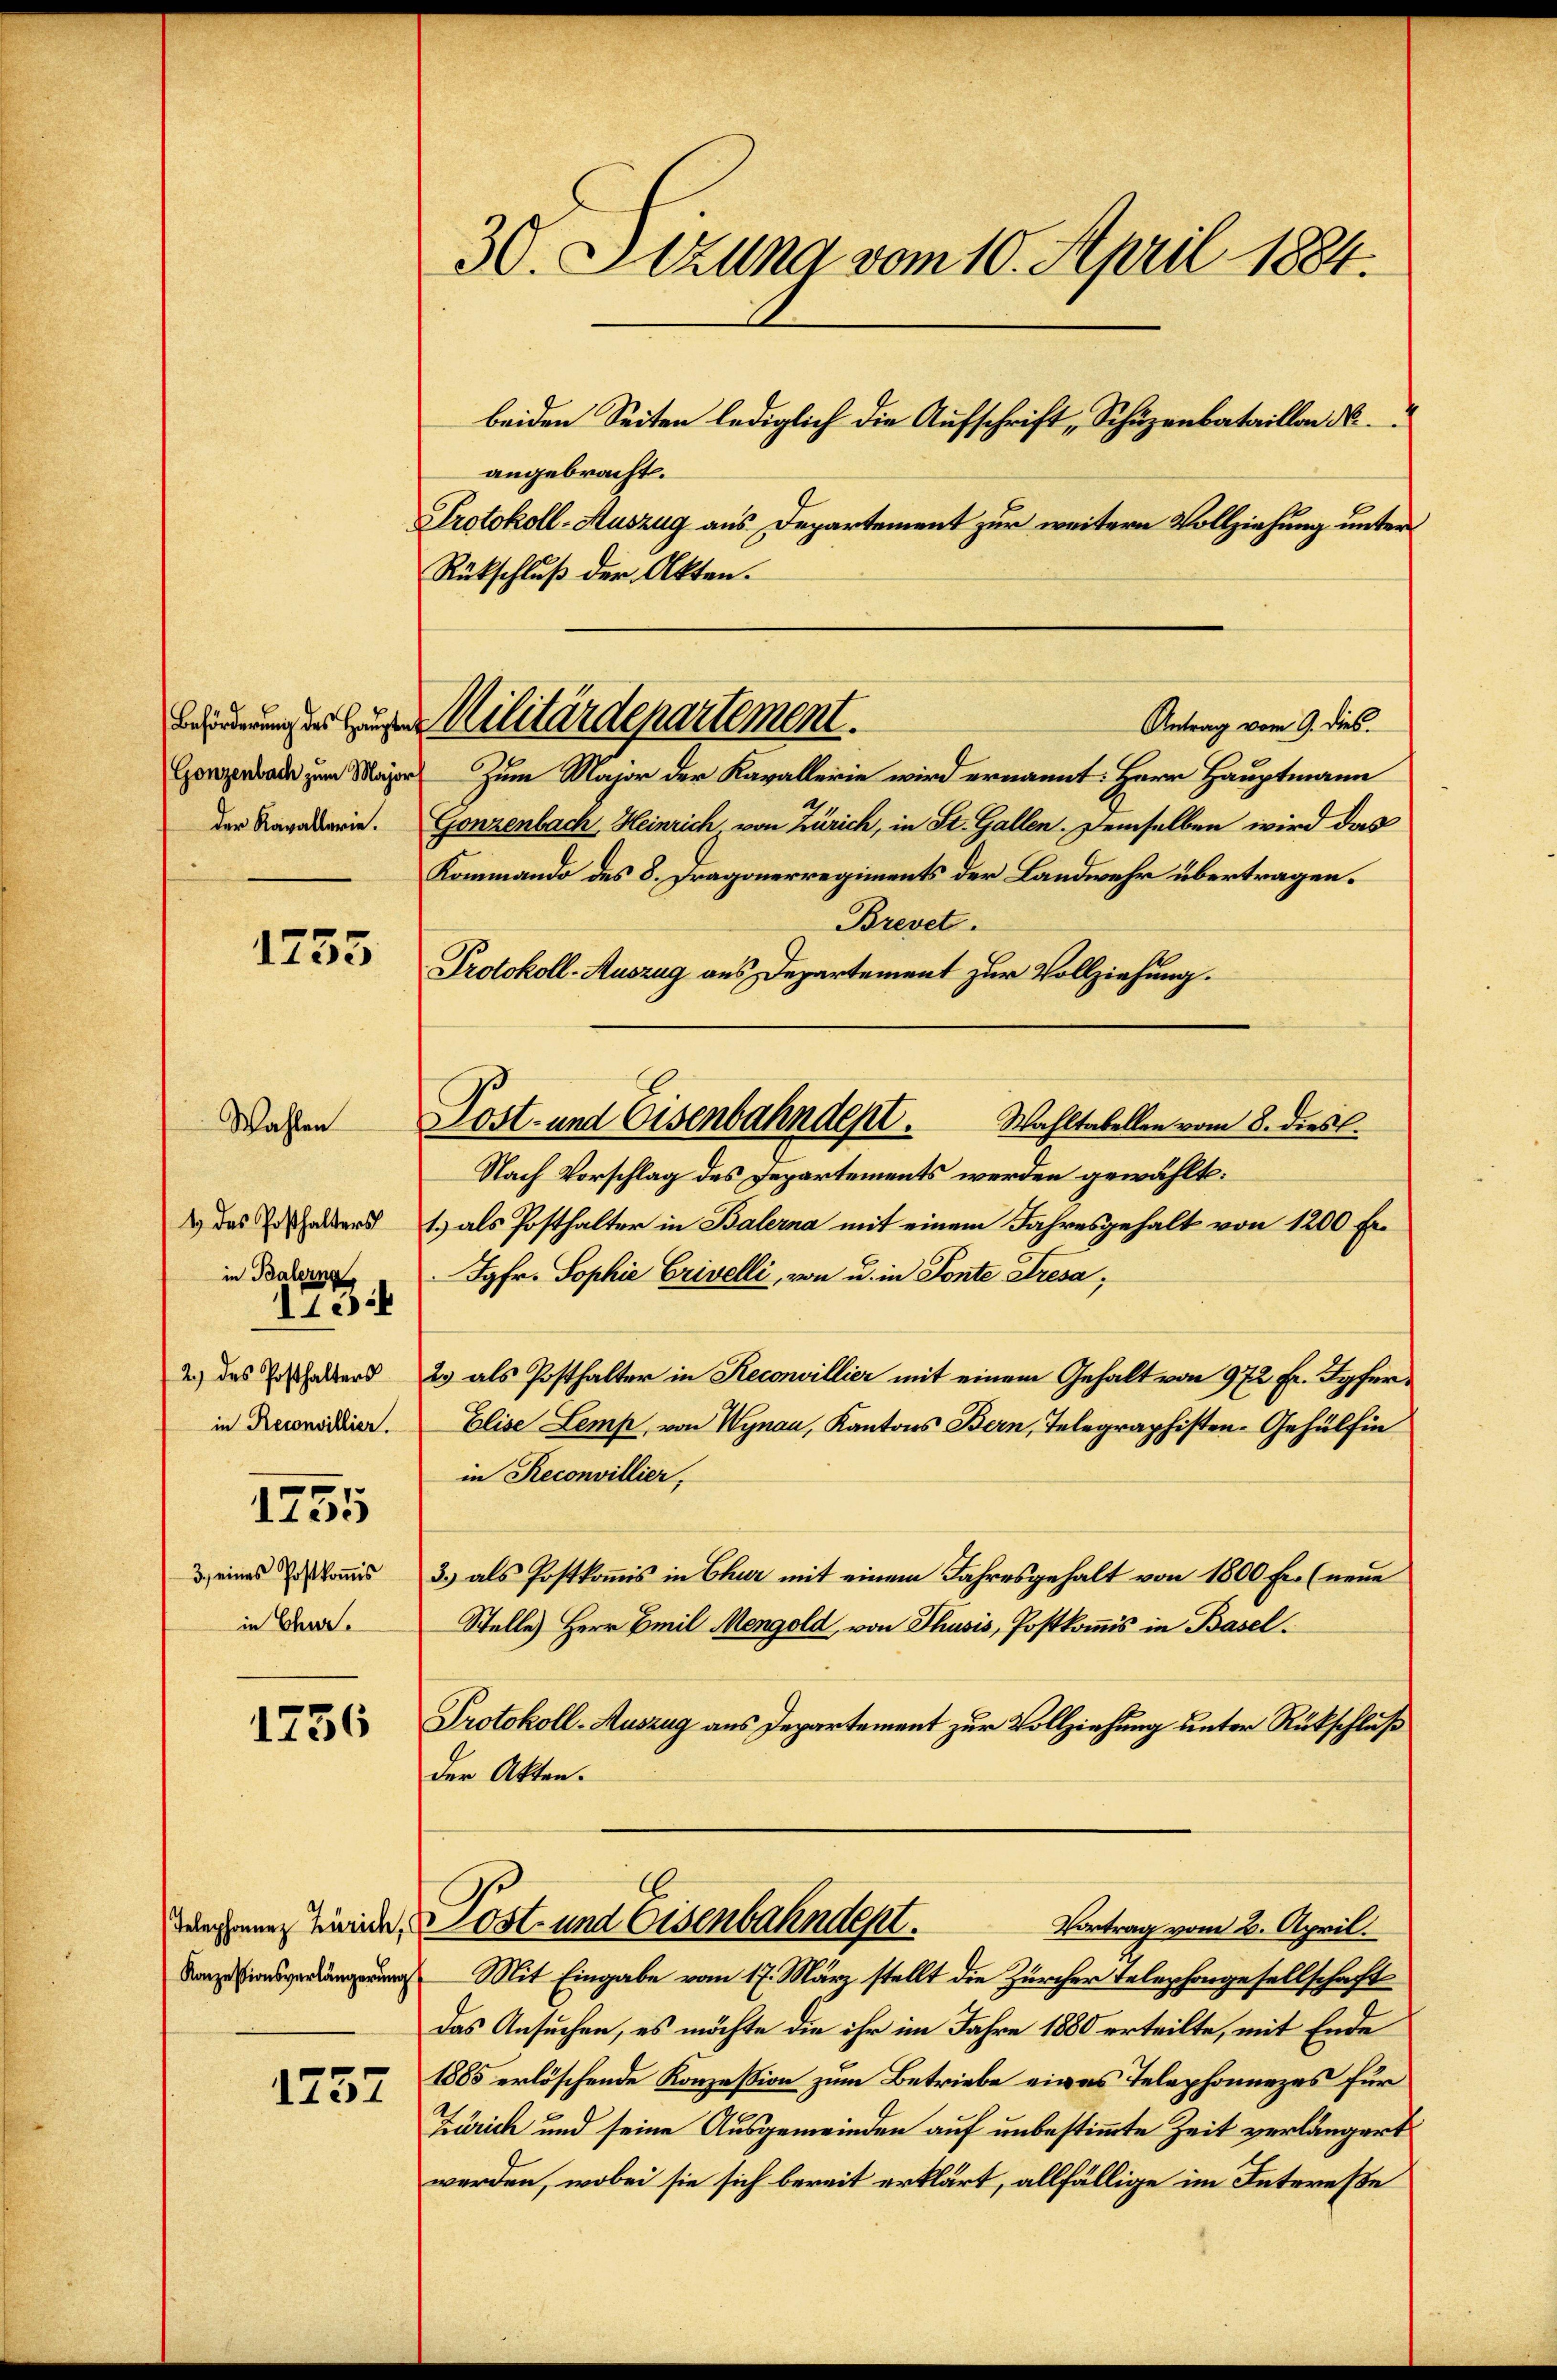
Beförderung des Hauptm
Gonzenbach zum Major
der Kavallerie.

Wahlen

1755

1 des Posthalters
in Balern.
15
2.) des Posthalters
in Reconvillier.

1255

3., eines Postkomis
in Chur.

1736

Konzessionsverlängerung

1757

30. Sitzung vom 10. April 1884.
beiden Seiten lediglich die Aufschrift, Schüzenbataillon d
angebracht.
Protokoll-Auszug aus Departement zur weitern Vollziehung unter
Rückschluß der Akten.

Zum Major der Kavallerie wird ernannt: Herr Hauptmann
Gonzenbach, Heinrich, von Zürich, in St. Gallen. Demselben wird das
Kommando des 8. Fragonerregiments der Landwehr übertragen.
Brevet.
Protokoll-Auszug aus Departement zur Vollziehung.
Wahltabellen vom 8. dies l.
Nach Vorschlag des Departements werden gewählt:
1.) als Posthalter in Balerna mit einem Jahresgehalt von 1200 Er¬
Jgfr. Sophie Crivelli, von u. in Fonte Fresa;
2) als Posthalter in Reconvillier mit einem Gehalt von 972 Fr. Sofer¬
Elise Lemp, von Wynau, Kantons Bern, Telegraphisten-Gehülfen
in Reconvillier,
3.) als Postkomis in Chur mit einem Jahresgehalt von 1800 Fr. (neue
Stelle Herr Emil Mengold, von Thusis, Postkommis in Basel.
Protokoll-Auszug aus Departement zur Vollziehung unter Rückschluß
der Akten.
wechen Leide Post- und Eisenbahndent.
Vortrag vom 2. April.
Mit Eingabe vom 17. März stellt die Zürcher Telephongesellschaft
Das Ansuchen, es möchte die ihr im Jahre 1880 erteilte, mit Ende
1885 erlöschende Konzession zum Betriebe eines Telephonnezes für
Zürich und seine Ausgemeinden auf unbestimmte Zeit verlängert
werden, wobei sie sich bereit erklärt, allfällige im Intereße

Militärdepartement.
Antrag vom 9. dies.

Post- und Eisenbahndept.